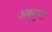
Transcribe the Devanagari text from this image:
अक्युना